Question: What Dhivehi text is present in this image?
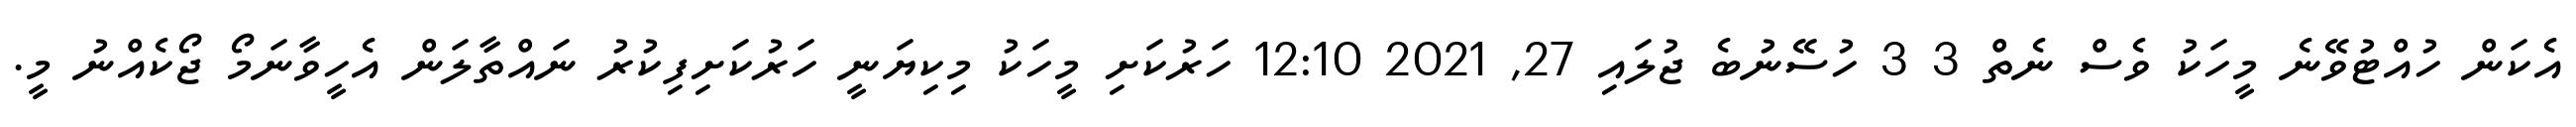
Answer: އެކަން ހުއްޓުވޭނެ މީހަކު ވެސް ނެތް 3 3 ހުސޭނުބެ ޖުލައި 27, 2021 12:10 ހަރުކަށި މީހަކު މިކިޔަނީ ހަރުކަށިފިކުރު ނައްތާލަން އެހީވާނަމޯ ޖޯކެއްނު މީ.